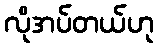
လိုအပ်တယ်ဟု